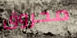
محروق